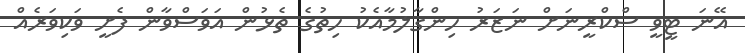
އޭނަ ޓީވީ ސްކްރީނަށް ނަޒަރު ހިންގާލުމާއެކު ހިތުގެ ތެޅުން އަވަސްވާން ފެށީ ވަކިވަރެއް